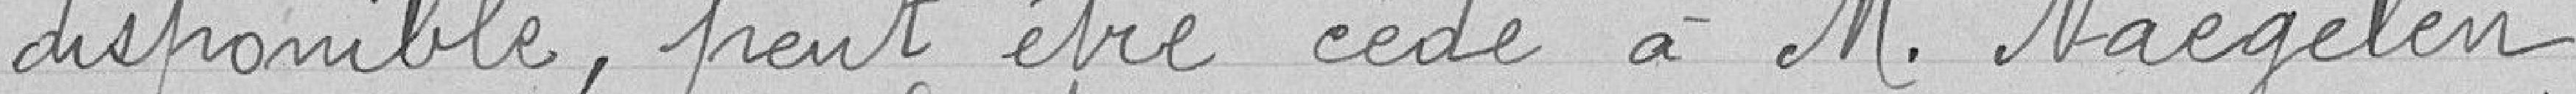
disponible, peut être cédé à Monsieur Naegelen.